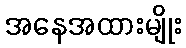
အနေအထားမျိုး